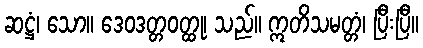
ဆဋ္ဌံ၊ သော။ ဒေဝဒတ္တဝတ္ထု၊ သည်။ ဣတိသမတ္တံ၊ ပြီးပြီ။